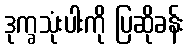
ဒုက္ခသုံးပါးကို ပြဆိုခန်း